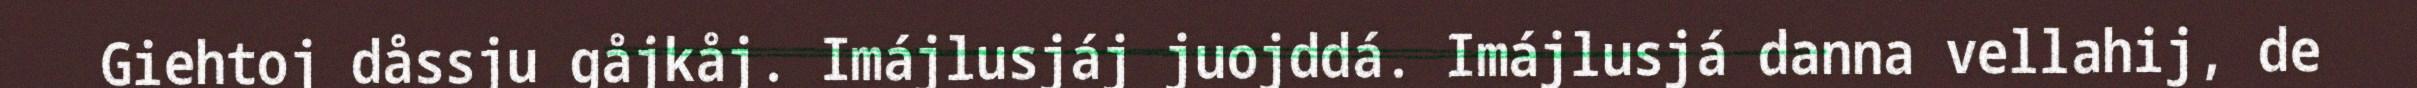
Giehtoj dåssju gåjkåj. Imájlusjáj juojddá. Imájlusjá danna vellahij, de